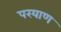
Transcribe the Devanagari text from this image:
परयाण